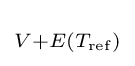
\scriptstyle V+E(T_{\mathrm {ref} })